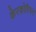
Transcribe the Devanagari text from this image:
केरकोरियन